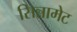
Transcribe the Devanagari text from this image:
सिन्नामेट